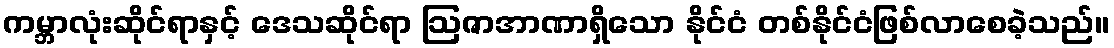
ကမ္ဘာလုံးဆိုင်ရာနှင့် ဒေသဆိုင်ရာ ဩဇာအာဏာရှိသော နိုင်ငံ တစ်နိုင်ငံဖြစ်လာစေခဲ့သည်။